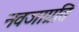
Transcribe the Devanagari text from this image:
नवजाग्रति